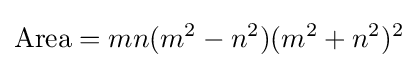
{\text{Area}}=mn(m^{2}-n^{2})(m^{2}+n^{2})^{2}